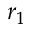
r _ { 1 }